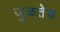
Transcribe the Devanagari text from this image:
जुळतेच